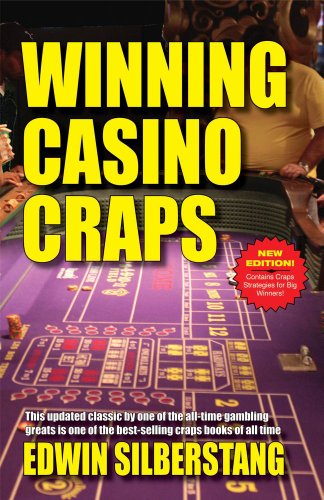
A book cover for Winning Casino Craps; Edwin Silberstang; Humor & Entertainment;